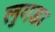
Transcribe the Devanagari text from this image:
लुगडा